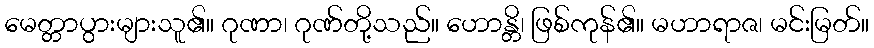
မေတ္တာပွားများသူ၏။ ဂုဏာ၊ ဂုဏ်တို့သည်။ ဟောန္တိ၊ ဖြစ်ကုန်၏။ မဟာရာဇ၊ မင်းမြတ်။